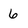
Character: 6